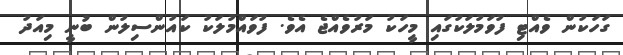
ގަހަކުން ވެއްޓި ފުވަމުލަކުގައި މީހަކު މަރުވެއްޖެ އެވެ. ފުވައްމުލަކު ކައުންސިލުން ބުނީ މިއަދު